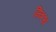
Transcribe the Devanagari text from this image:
मित्रश्च